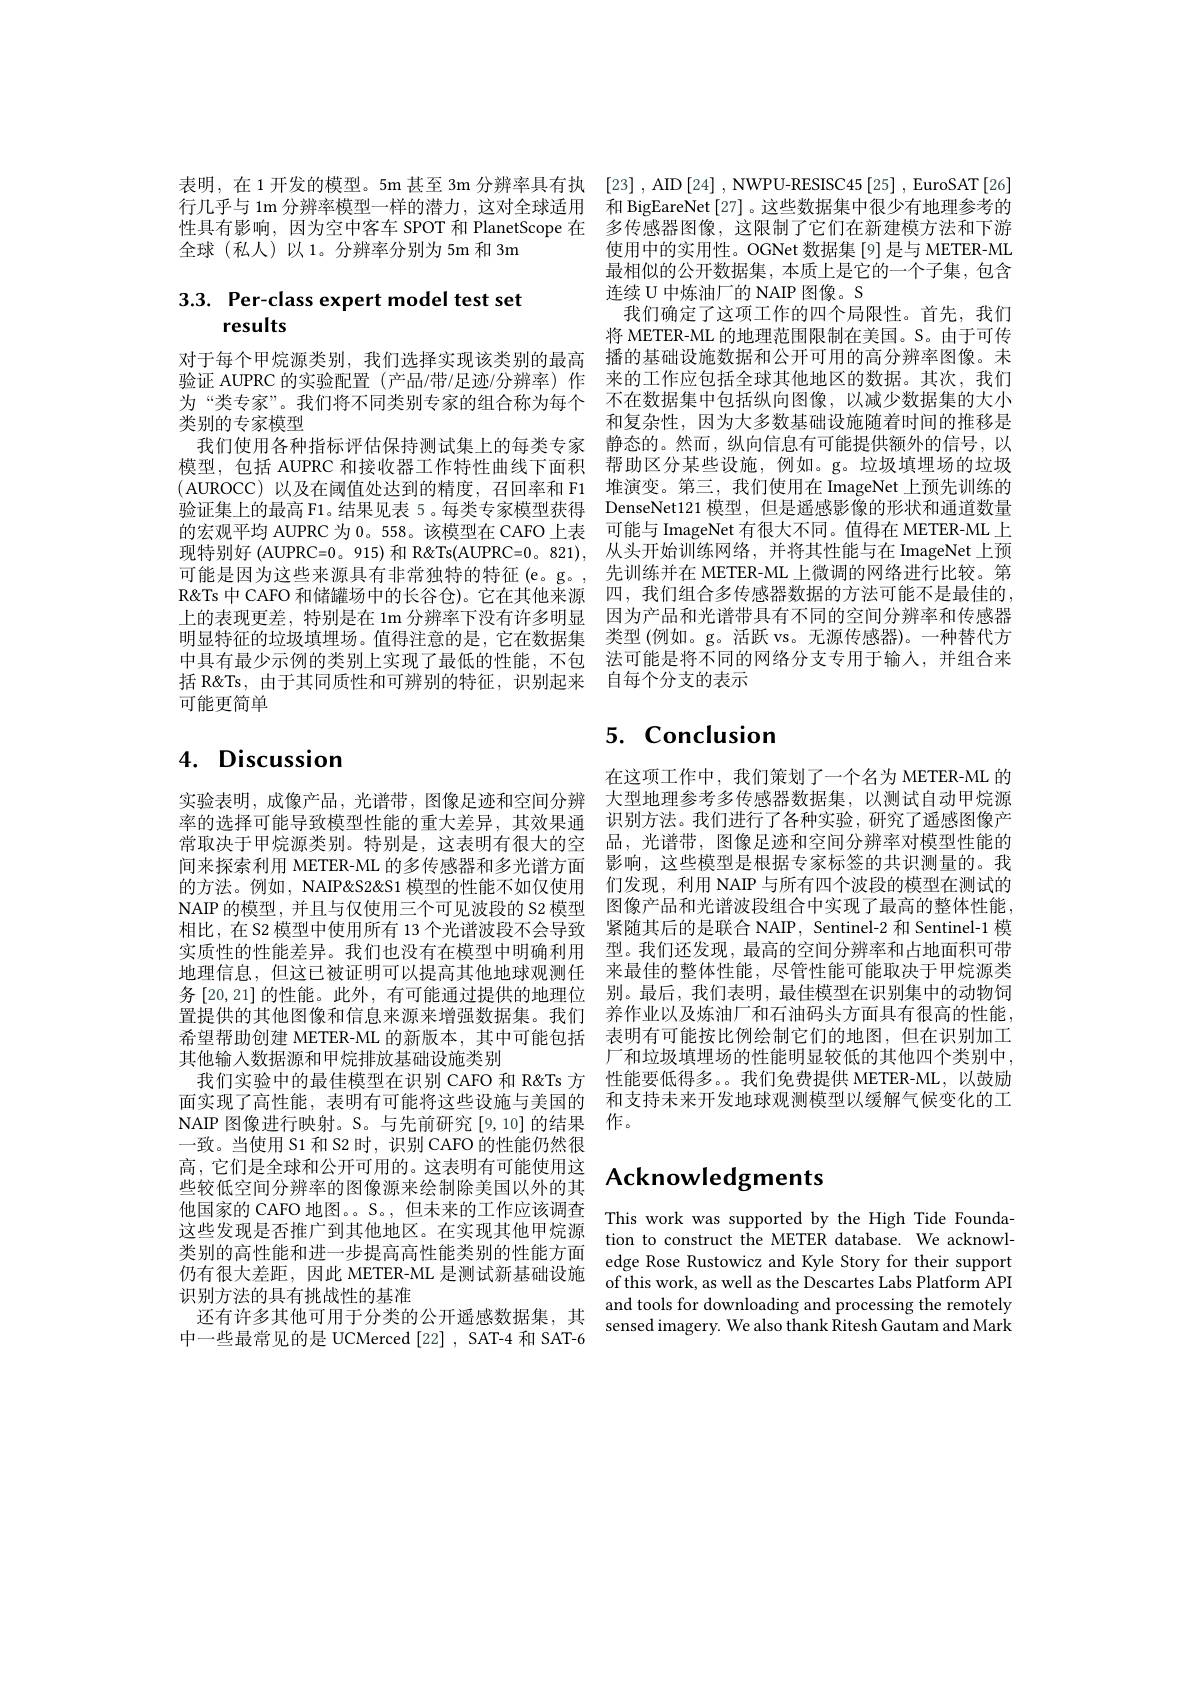
表明，在 1 开发的模型。5m 甚至 3m 分辨率具有执 [23] , AID [24] , NWPU-RESISC45 [25] , EuroSAT[26] 行几乎与 1m 分辨率模型一样的潜力，这对全球适用 和 BigEareNet[27]。这些数据集中很少有地理参考的性具有影响，因为空中客车 SPOT 和 PlanetScope 在 多传感器图像，这限制了它们在新建模方法和下游全球(私人)以1。分辨率分别为5m和3m

# 3.3. Per-class expert model test set results

对于每个甲烷源类别，我们选择实现该类别的最高为“类专家”。我们将不同类别专家的组合称为每个类别的专家模型
我们使用各种指标评估保持测试集上的每类专家
可能更简单

# $4. \textbf{ Discussion}$

其他输入数据源和甲烷排放基础设施类别
NAIP 图像进行映射。S。与先前研究[9,10]的结果 作。
一致。当使用 S1 和 S2 时，识别 CAFO 的性能仍然很高，它们是全球和公开可用的。这表明有可能使用这些较低空间分辨率的图像源来绘制除美国以外的其他国家的 CAFO 地图。。S。, 但未来的工作应该调查 This work was supported by the High Tide Founda-
这些发现是否推广到其他地区。在实现其他甲烷源类别的高性能和进一步提高高性能类别的性能方面仍有很大差距，因此 METER-ML 是测试新基础设施 of this work, as well as the Descartes Labs Platform API
识别方法的具有挑战性的基准
还有许多其他可用于分类的公开遥感数据集，其中一些最常见的是 UCMerced [22] , SAT-4 和 SAT-6

使用中的实用性。OGNet 数据集[9]是与 METER-ML 最相似的公开数据集，本质上是它的一个子集，包含连续 U 中炼油厂的 NAIP 图像。S
我们确定了这项工作的四个局限性。首先，我们将 METER-ML 的地理范围限制在美国。S。由于可传播的基础设施数据和公开可用的高分辨率图像。未
验证 AUPRC 的实验配置 (产品/带/足迹/分辨率)作 来的工作应包括全球其他地区的数据。其次，我们
不在数据集中包括纵向图像，以减少数据集的大小和复杂性，因为大多数基础设施随着时间的推移是静态的。然而，纵向信息有可能提供额外的信号，以
模型，包括 AUPRC 和接收器工作特性曲线下面积 帮助区分某些设施，例如。g。垃圾填埋场的垃圾(AUROCC)以及在阈值处达到的精度，召回率和 F1 堆演变。第三，我们使用在 ImageNet 上预先训练的验证集上的最高F1。结果见表 5。每类专家模型获得 DenseNet121 模型，但是遥感影像的形状和通道数量的宏观平均 AUPRC 为 0。558。该模型在 CAFO 上表 可能与 ImageNet 有很大不同。值得在 METER-ML 上现特别好 (AUPRC=0。915) 和 R&Ts(AUPRC=0。821), 从头开始训练网络，并将其性能与在 ImageNet 上预可能是因为这些来源具有非常独特的特征(e。g。, 先训练并在 METER-ML上微调的网络进行比较。第R&Ts 中 CAFO 和储罐场中的长谷仓)。它在其他来源 四，我们组合多传感器数据的方法可能不是最佳的上的表现更差，特别是在 1m 分辨率下没有许多明显 因为产品和光谱带具有不同的空间分辨率和传感器明显特征的垃圾填埋场。值得注意的是，它在数据集 类型(例如。g。活跃 vs。无源传感器)。一种替代方中具有最少示例的类别上实现了最低的性能，不包 法可能是将不同的网络分支专用于输人，并组合来括 R&Ts,由于其同质性和可辨别的特征，识别起来 自每个分支的表示

# 5. Conclusion

在这项工作中，我们策划了一个名为 METER-ML 的
实验表明，成像产品，光谱带，图像足迹和空间分辨 大型地理参考多传感器数据集，以测试自动甲烷源率的选择可能导致模型性能的重大差异，其效果通 识别方法。我们进行了各种实验，研究了遥感图像产常取决于甲烷源类别。特别是，这表明有很大的空 品，光谱带，图像足迹和空间分辨率对模型性能的间来探索利用 METER-ML 的多传感器和多光谱方面 影响，这些模型是根据专家标签的共识测量的。我的方法。例如，NAIP&S2& 模型的性能不如仅使用 们发现，利用 NAIP 与所有四个波段的模型在测试的NAIP 的模型，并且与仅使用三个可见波段的 S2 模型 图像产品和光谱波段组合中实现了最高的整体性能相比，在 S2 模型中使用所有 13 个光谱波段不会导致 紧随其后的是联合 NAIP, Sentinel-2 和 Sentinel-1 模实质性的性能差异。我们也没有在模型中明确利用 型。我们还发现，最高的空间分辨率和占地面积可带地理信息，但这已被证明可以提高其他地球观测任 来最佳的整体性能，尽管性能可能取决于甲烷源类务 [20,21] 的性能。此外 , 有可能通过提供的地理位 别。最后，我们表明，最佳模型在识别集中的动物饲置提供的其他图像和信息来源来增强数据集。我们 养作业以及炼油厂和石油码头方面具有很高的性能希望帮助创建 METER-ML 的新版本，其中可能包括 表明有可能按比例绘制它们的地图，但在识别加工
厂和垃圾填埋场的性能明显较低的其他四个类别中，
我们实验中的最佳模型在识别 CAFO 和 R&Ts 方 性能要低得多。。我们免费提供 METER-ML,以鼓励面实现了高性能，表明有可能将这些设施与美国的 和支持未来开发地球观测模型以缓解气候变化的工

# Acknowledgments

tion to construct the METER database. We acknowledge Rose Rustowicz and Kyle Story for their support and tools for downloading and processing the remotely sensed imagery. We also thank Ritesh Gautam and Mark